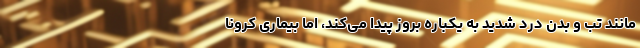
مانند تب و بدن درد شدید به یکباره بروز پیدا می‌کند، اما بیماری کرونا